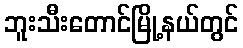
ဘူးသီးတောင်မြို့နယ်တွင်